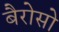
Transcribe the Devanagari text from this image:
बैरोसो